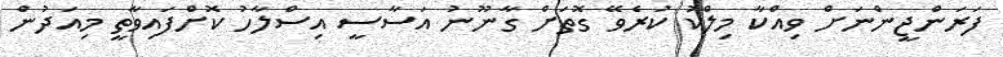
ފަރަންޖީންނަށް ވިއްކާ މިލްކު ކުރެވޭ ގޮތަށް ގާނޫނު އަސާސީ އިސްލާހު ކޮށްފައިވާތީ މިއަދުން